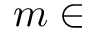
m \in